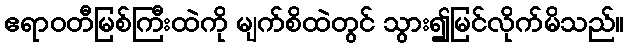
ဧရာဝတီမြစ်ကြီးထဲကို မျက်စိထဲတွင် သွား၍မြင်လိုက်မိသည်။